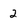
Character: 2